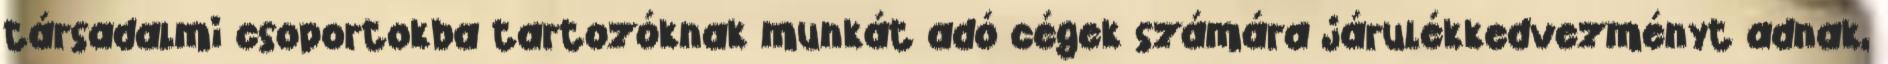
társadalmi csoportokba tartozóknak munkát adó cégek számára járulékkedvezményt adnak,